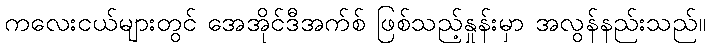
ကလေးငယ်များတွင် အေအိုင်ဒီအက်စ် ဖြစ်သည့်နှုန်းမှာ အလွန်နည်းသည်။